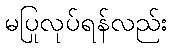
မပြုလုပ်ရန်လည်း